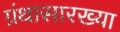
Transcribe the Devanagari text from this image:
ग्रंथासारख्या